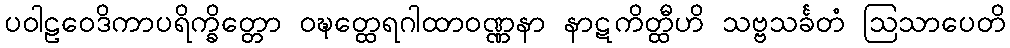
ပဝါဠဝေဒိကာပရိက္ခိတ္တော ဝဍ္ဎတ္ထေရဂါထာဝဏ္ဏနာ နာဋကိတ္ထီဟိ သဗ္ဗသင်္ခတံ ဩသာပေတိ